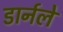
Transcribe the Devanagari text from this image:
डार्नले